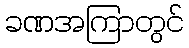
ခဏအကြာတွင်